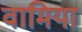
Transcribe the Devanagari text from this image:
वामिया